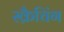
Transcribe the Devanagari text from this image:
स्क्रैचिंग